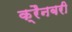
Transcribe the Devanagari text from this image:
क्रैनबरी